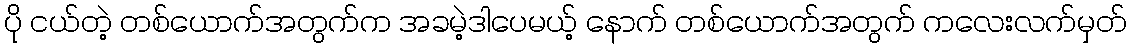
ပို ငယ်တဲ့ တစ်ယောက်အတွက်က အခမဲ့ဒါပေမယ့် နောက် တစ်ယောက်အတွက် ကလေးလက်မှတ်